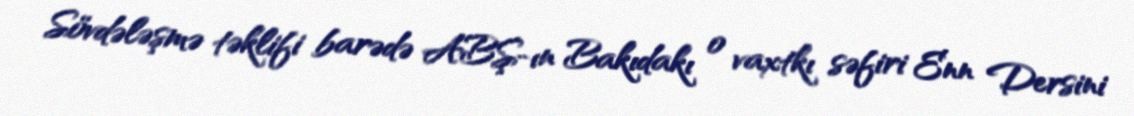
Sövdələşmə təklifi barədə ABŞ-ın Bakıdakı o vaxtkı səfiri Enn Dersini